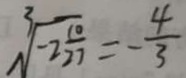
\sqrt [ 3 ] { - 2 \frac { 1 0 } { 2 7 } } = - \frac { 4 } { 3 }